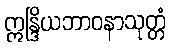
ဣန္ဒြိယဘာဝနာသုတ္တံ